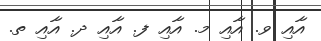
އާއި ވ. އާއި މ. އާއި ފ. އާއި ދ. އާއި ތ.